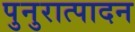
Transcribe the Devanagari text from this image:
पुनुरात्पादन